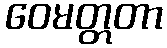
ဝေမတ္တတာ